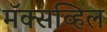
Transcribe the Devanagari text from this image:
मॅक्सव्हिल